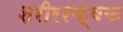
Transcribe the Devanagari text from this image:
शरीररक्षक